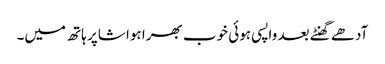
آدھے گھنٹے بعد واپسی ہوئی خوب بھرا ہوا شاپر ہاتھ میں۔